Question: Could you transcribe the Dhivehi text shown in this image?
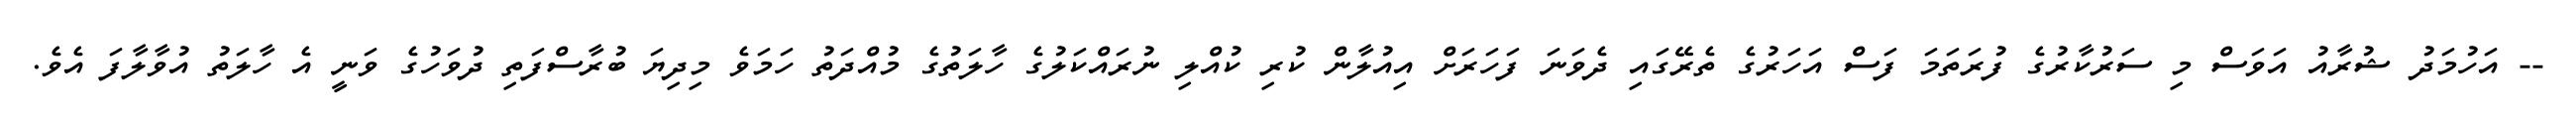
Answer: -- އަހުމަދު ޝުރާއު އަވަސް މި ސަރުކާރުގެ ފުރަތަމަ ފަސް އަހަރުގެ ތެރޭގައި ދެވަނަ ފަހަރަށް އިއުލާން ކުރި ކުއްލި ނުރައްކަލުގެ ހާލަތުގެ މުއްދަތު ހަމަވެ މިދިޔަ ބުރާސްފަތި ދުވަހުގެ ވަނީ އެ ހާލަތު އުވާލާފަ އެވެ.